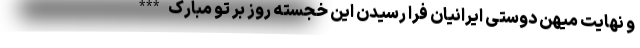
و نهایت میهن دوستی ایرانیان فرا رسیدن این خجسته روز بر تو مبارک ***